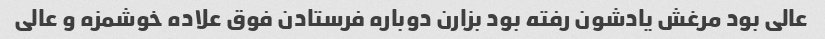
عالی بود مرغش یادشون رفته بود بزارن دوباره فرستادن فوق علاده خوشمزه و عالی